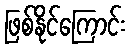
ဖြစ်နိုင်ကြောင်း